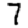
Digit: 7